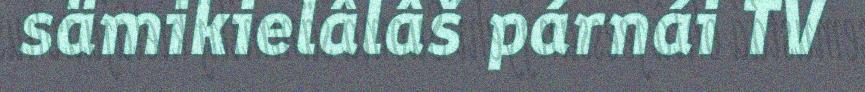
sämikielâlâš párnái TV